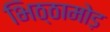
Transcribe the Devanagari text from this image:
भिठ्ठामोड़